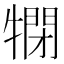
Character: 𤛞